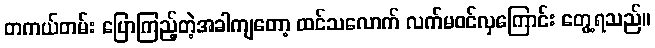
တကယ်တမ်း ပြောကြည့်တဲ့အခါကျတော့ ထင်သလောက် လက်မဝင်လှကြောင်း တွေ့ရသည်။